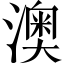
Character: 澳